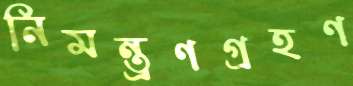
নিমন্ত্রণগ্রহণ